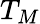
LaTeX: T_{M}